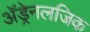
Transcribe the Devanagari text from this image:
अॅड्रेनलजिक